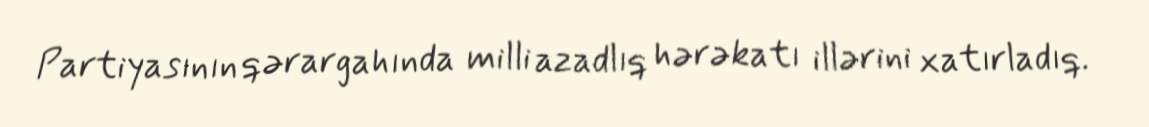
Partiyasının qərargahında milli azadlıq hərəkatı illərini xatırladıq.